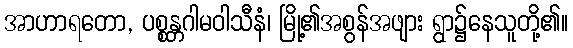
အာဟာရတော, ပစ္စန္တဂါမဝါသီနံ၊ မြို့၏အစွန်အဖျား ရွာ၌နေသူတို့၏။